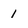
Character: 1